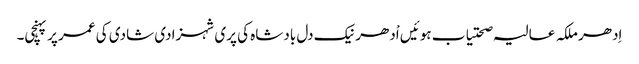
اِدھر ملکہ عالیہ صحتیاب ہوئیں اْدھر نیک دل بادشاہ کی پری شہزادی شادی کی عمر پر پہنچی۔